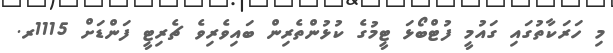
މި ހަރަކާތުގައި ގައުމީ ފުޓްބޯޅަ ޓީމުގެ ކުޅުންތެރިން ބައިވެރިވެ ޗެރިޓީ ފަންޑަށް 1115ރ.